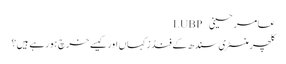
عامر حسینی – LUBP
کلچر منسٹری سندھ کے فنڈز کہاں اور کیسے خرچ ہورہے ہیں؟